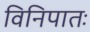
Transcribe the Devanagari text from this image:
विनिपातः